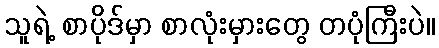
သူရဲ့ စာပိုဒ်မှာ စာလုံးမှားတွေ တပုံကြီးပဲ။